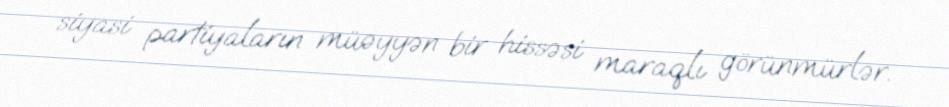
siyasi partiyaların müəyyən bir hissəsi maraqlı görünmürlər.